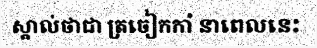
ស្គាល់ថាជា ត្រចៀកកាំ នាពេលនេះ